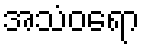
အသံဝရော